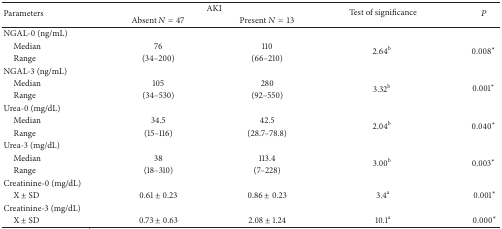
| <ROWSPAN=2> Parameters | <COLSPAN=2> AKI | Test of significance | <ROWSPAN=2> P |
 | Absent N = 47 | Present N = 13 |
 | --- | --- | --- | --- | --- |
 | NGAL-0 (ng/mL) |  |  |  |  |
 | Median | 76 | 110 | <ROWSPAN=2> 2.64b | <ROWSPAN=2> 0.008* |
 | Range | (34–200) | (66–210) |
 | NGAL-3 (ng/mL) |  |  |  |  |
 | Median | 105 | 280 | <ROWSPAN=2> 3.32b | <ROWSPAN=2> 0.001* |
 | Range | (34–530) | (92–550) |
 | Urea-0 (mg/dL) |  |  |  |  |
 | Median | 34.5 | 42.5 | <ROWSPAN=2> 2.04b | <ROWSPAN=2> 0.040* |
 | Range | (15–116) | (28.7–78.8) |
 | Urea-3 (mg/dL) |  |  |  |  |
 | Median | 38 | 113.4 | <ROWSPAN=2> 3.00b | <ROWSPAN=2> 0.003* |
 | Range | (18–310) | (7–228) |
 | Creatinine-0 (mg/dL) |  |  |  |  |
 | X ± SD | 0.61 ± 0.23 | 0.86 ± 0.23 | 3.4a | 0.001* |
 | Creatinine-3 (mg/dL) |  |  |  |  |
 | X ± SD | 0.73 ± 0.63 | 2.08 ± 1.24 | 10.1a | 0.000* |